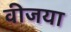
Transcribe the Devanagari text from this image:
वीजया